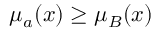
\mu _ { a } ( x ) \geq \mu _ { B } ( x )